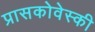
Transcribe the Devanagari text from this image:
प्रासकोवेस्की